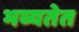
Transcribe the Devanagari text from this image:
भव्यतेत